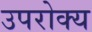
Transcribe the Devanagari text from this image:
उपरोक्य